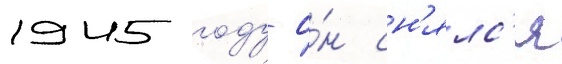
1945 году о́н сн'ялс'я